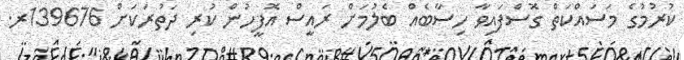
ކުރުމުގެ މަސައްކަތް ގޮސްފައިވާ ހިސާބެއް ބެލުމަށް ރައީސް އޮފީހުން ކުރި ދަތުރަކަަށް 139676ރ.